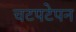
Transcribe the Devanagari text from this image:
चटपटेपन